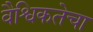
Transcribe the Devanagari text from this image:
वैश्विकतेचा